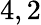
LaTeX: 4,2